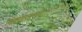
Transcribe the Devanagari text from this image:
ग्रिर्फोइगोदुय्दुग्दुएओगिसोद्त्घ्दीईईईईइगोफुसूऔऔऔऔऔऔऔऔऔऔऔऔऔऔऔऔऔऔऔऔऔऔऔऔऔऔऔऔओइरुफ्गुइस्ग्फिस्ग्फुय्ग्क्षुऔऔऔऔऔऔऔऔऔऔऔऔऔऔऔऔऔऔऔऔऔऔऔऔऔऔऔऔऔऔऔऔऔऔऔऔऔऔऔऔऔऔऔऔऔऔऔऔऔऔऔऔऔऔऔऔऔऔऔऔऔऔऔऔऔऔऔऔऔऔऔऔऔऔऔऔऔऔऔऔऔऔऔऔऔऔऔऔऔऔऔऔऔऔऔऔऔऔऔऔऔऔऔऔऔऔऔऔ